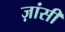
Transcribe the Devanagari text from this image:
ज़ांसी